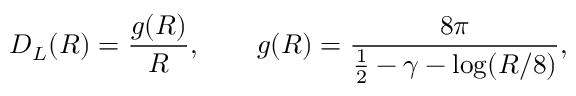
D _ { L } ( R ) = \frac { g ( R ) } { R } , \qquad g ( R ) = \frac { 8 \pi } { { \textstyle { \frac { 1 } { 2 } } } - \gamma - \log ( R / 8 ) } ,